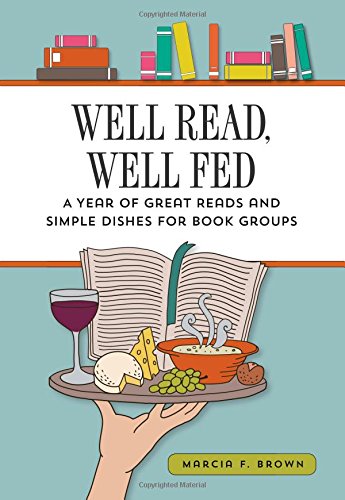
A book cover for Well Read, Well Fed; A Year of Great Reads and Simple Dishes for Book Groups; Marcia F. Brown; Literature & Fiction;